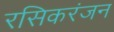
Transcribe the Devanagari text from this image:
रसिकरंजन